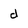
Character: d